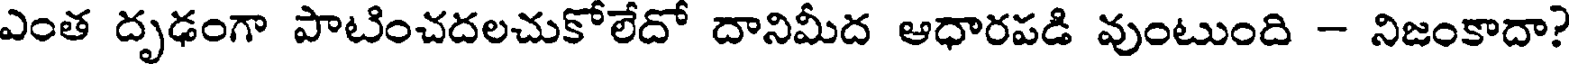
ఎంత దృఢంగా పాటించదలచుకోలేదో దానిమీద ఆధారపడి వుంటుంది - నిజంకాదా?